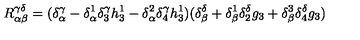
R _ { \alpha \beta } ^ { \gamma \delta } = ( \delta _ { \alpha } ^ { \gamma } - \delta _ { \alpha } ^ { 1 } \delta _ { 3 } ^ { \gamma } h _ { 3 } ^ { 1 } - \delta _ { \alpha } ^ { 2 } \delta _ { 4 } ^ { \gamma } h _ { 3 } ^ { 1 } ) ( \delta _ { \beta } ^ { \delta } + \delta _ { \beta } ^ { 1 } \delta _ { 2 } ^ { \delta } g _ { 3 } + \delta _ { \beta } ^ { 3 } \delta _ { 4 } ^ { \delta } g _ { 3 } )